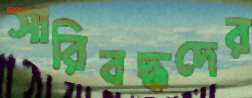
সারিবদ্ধদের